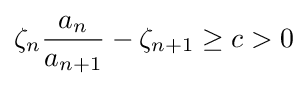
\zeta _{n}{\frac {a_{n}}{a_{n+1}}}-\zeta _{n+1}\geq c>0